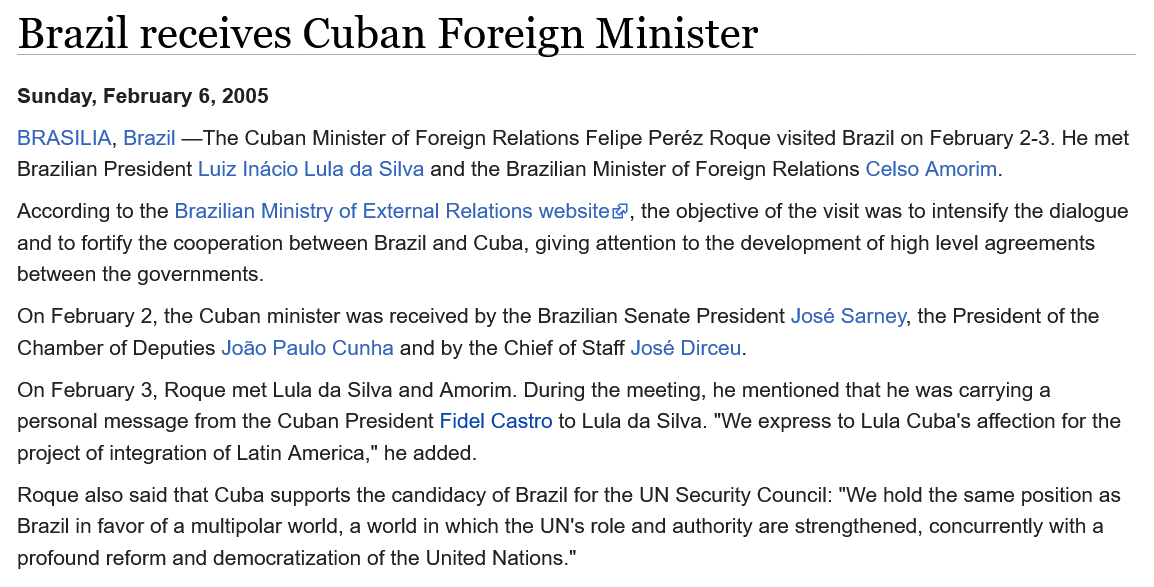
Brazil    receives    Cuban    Foreign    Minister
  BRASILIA, Brazil —The Cuban Minister of Foreign Relations Felipe Peréz Roque visited Brazil on February 2-3. He met
  Brazilian President Luiz Inacio Lula da Silva and the Brazilian Minister of Foreign Relations Celso Amorim.
  Sunday, February 6, 2005
  According to the Brazilian Ministry of External Relations website, the objective of the visit was to intensify the dialogue
  and to fortify the cooperation between Brazil and Cuba, giving attention to the development of high level agreements
  between the governments.
  On February 2, the Cuban minister was received by the Brazilian Senate President José Sarney, the President of the
  Chamber of Deputies Jodo Paulo Cunha and by the Chief of Staff José Dirceu.
  On February 3, Roque met Lula da Silva and Amorim. During the meeting, he mentioned that he was carrying a
  personal message from the Cuban President Fidel Castro to Lula da Silva. "We express to Lula Cuba's affection for the
  project of integration of Latin America," he added.
  Roque also said that Cuba supports the candidacy of Brazil for the UN Security Council: "We hold the same position as
  Brazil in favor of a multipolar world, a world in which the UN's role and authority are strengthened, concurrently with a
  profound reform and democratization of the United Nations."